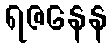
ရဇနေန